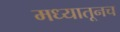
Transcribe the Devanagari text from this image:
मध्यातूनच